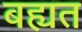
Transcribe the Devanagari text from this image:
बह्यत